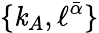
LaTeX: \{ \mathit{k}_{A},\ell^{\bar{{\alpha}}}\}